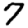
Digit: 7